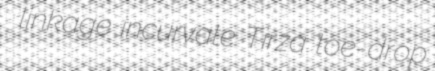
linkage incurvate Tirza toe-drop